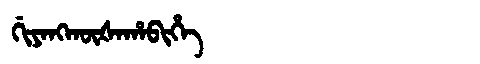
Manchu: ᡤᡳᠶᠠᠩᡴᡡᡧᠠᡥᠠᠪᡳᡥᡝ
Romanization: GIYANGKŪŠAHABIHE